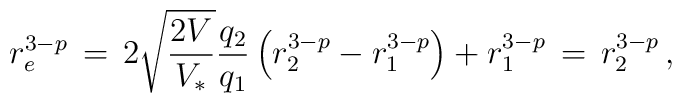
r_e^{3-p}\,=\, 2 \sqrt{\frac{2 V}{V_*}} \frac{q_2}{q_1}\left(r_2^{3-p}- r_1^{3-p}\right)+ r_1^{3-p} \,= \,r_2^{3-p} \,,